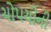
ચોપચીની